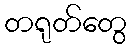
တရုတ်တွေ